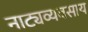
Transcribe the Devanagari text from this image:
नाट्यव्यवसाय